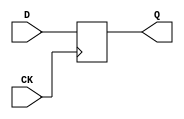
`timescale 1ns/1ns
module DFF ( CK, D, Q );
    input CK, D;
    output Q;
    reg Q;
    always @( posedge CK )
        Q <= D;
endmodule

module DFF_test;
    reg CK, D;
    wire Q;
    DFF dff(CK, D, Q);
    always #10 CK = ~CK; //  10ns 
    initial begin
        $dumpfile("DFF_test.vcd");
        $dumpvars(0,DFF_test);
        CK = 0; D = 0;
        #0 CK = 1; CK = 0; // D  Q 
        #40 D = 1;
        #40 D = 0;
        #40 D = 1;
        #40 D = 0;
        #40 $finish;
    end
endmodule